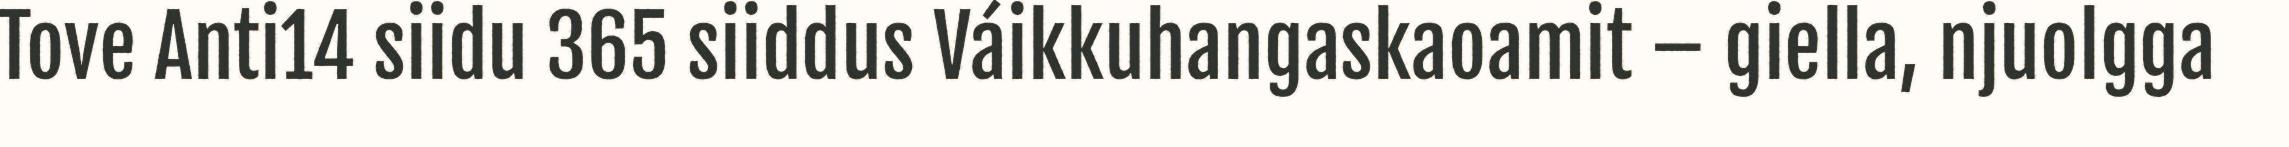
Tove Anti14 siidu 365 siiddus Váikkuhangaskaoamit – giella, njuolgga